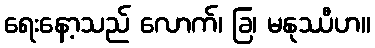
ရေးနော့သည် လောက်၊ ခြ၊ မနုဿီဟ။